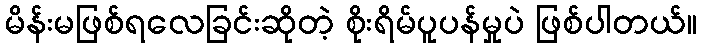
မိန်းမဖြစ်ရလေခြင်းဆိုတဲ့ စိုးရိမ်ပူပန်မှုပဲ ဖြစ်ပါတယ်။